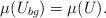
LaTeX: \begin{align*} \mu(U_{bg}) = \mu(U). \end{align*}